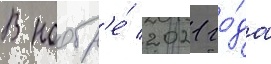
В ноабр'е́ 2021 го́да